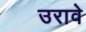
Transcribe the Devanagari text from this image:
उरावे